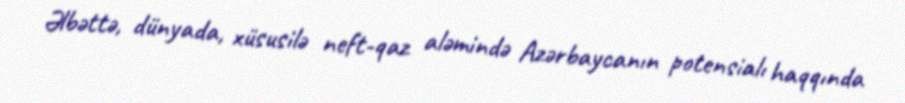
Əlbəttə, dünyada, xüsusilə neft-qaz aləmində Azərbaycanın potensialı haqqında